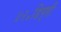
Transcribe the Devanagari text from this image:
४२॰डिग्री